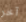
آخر